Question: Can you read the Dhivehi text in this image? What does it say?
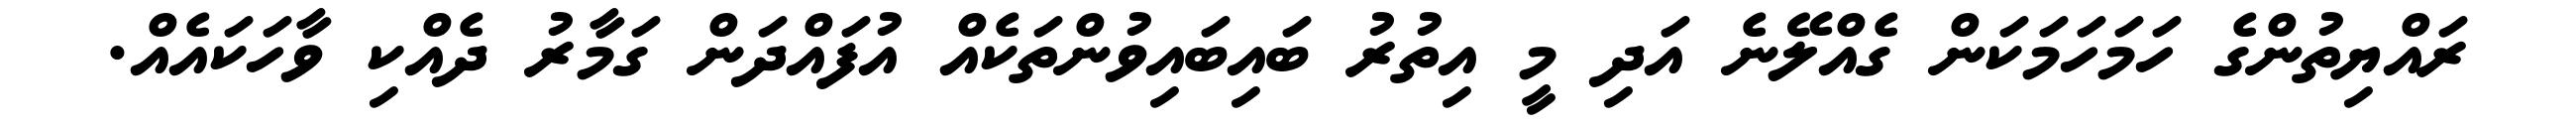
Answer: ރައްޔިތުންގެ ހަމަހަމަކަން ގެއްލޭނެ އަދި މީ އިތުރު ބައިބައިވުންތަކެއް އުފައްދަން ގަމާރު ދެއްކި ވާހަކައެއް.